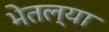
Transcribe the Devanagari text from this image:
भेतल्या